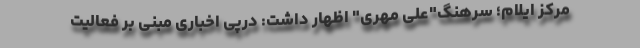
مرکز ایلام؛ سرهنگ"علی مهری" اظهار داشت: درپی اخباری مبنی بر فعالیت